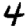
Digit: 4